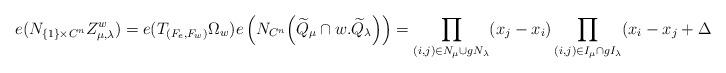
LaTeX: \begin{align*}e(N_{\{1\}\times C^n}Z_{\mu,\lambda}^w) = e(T_{(F_e,F_w)}\Omega_w)e\left(N_{C^n}\!\left( \widetilde{Q}_\mu\cap w.\widetilde{Q}_\lambda \right)\right) = \prod_{(i,j)\in N_\mu\cup gN_\lambda}(x_j-x_i)\prod_{(i,j)\in I_\mu \cap gI_\lambda}(x_i-x_j+\Delta_{ij}).\end{align*}